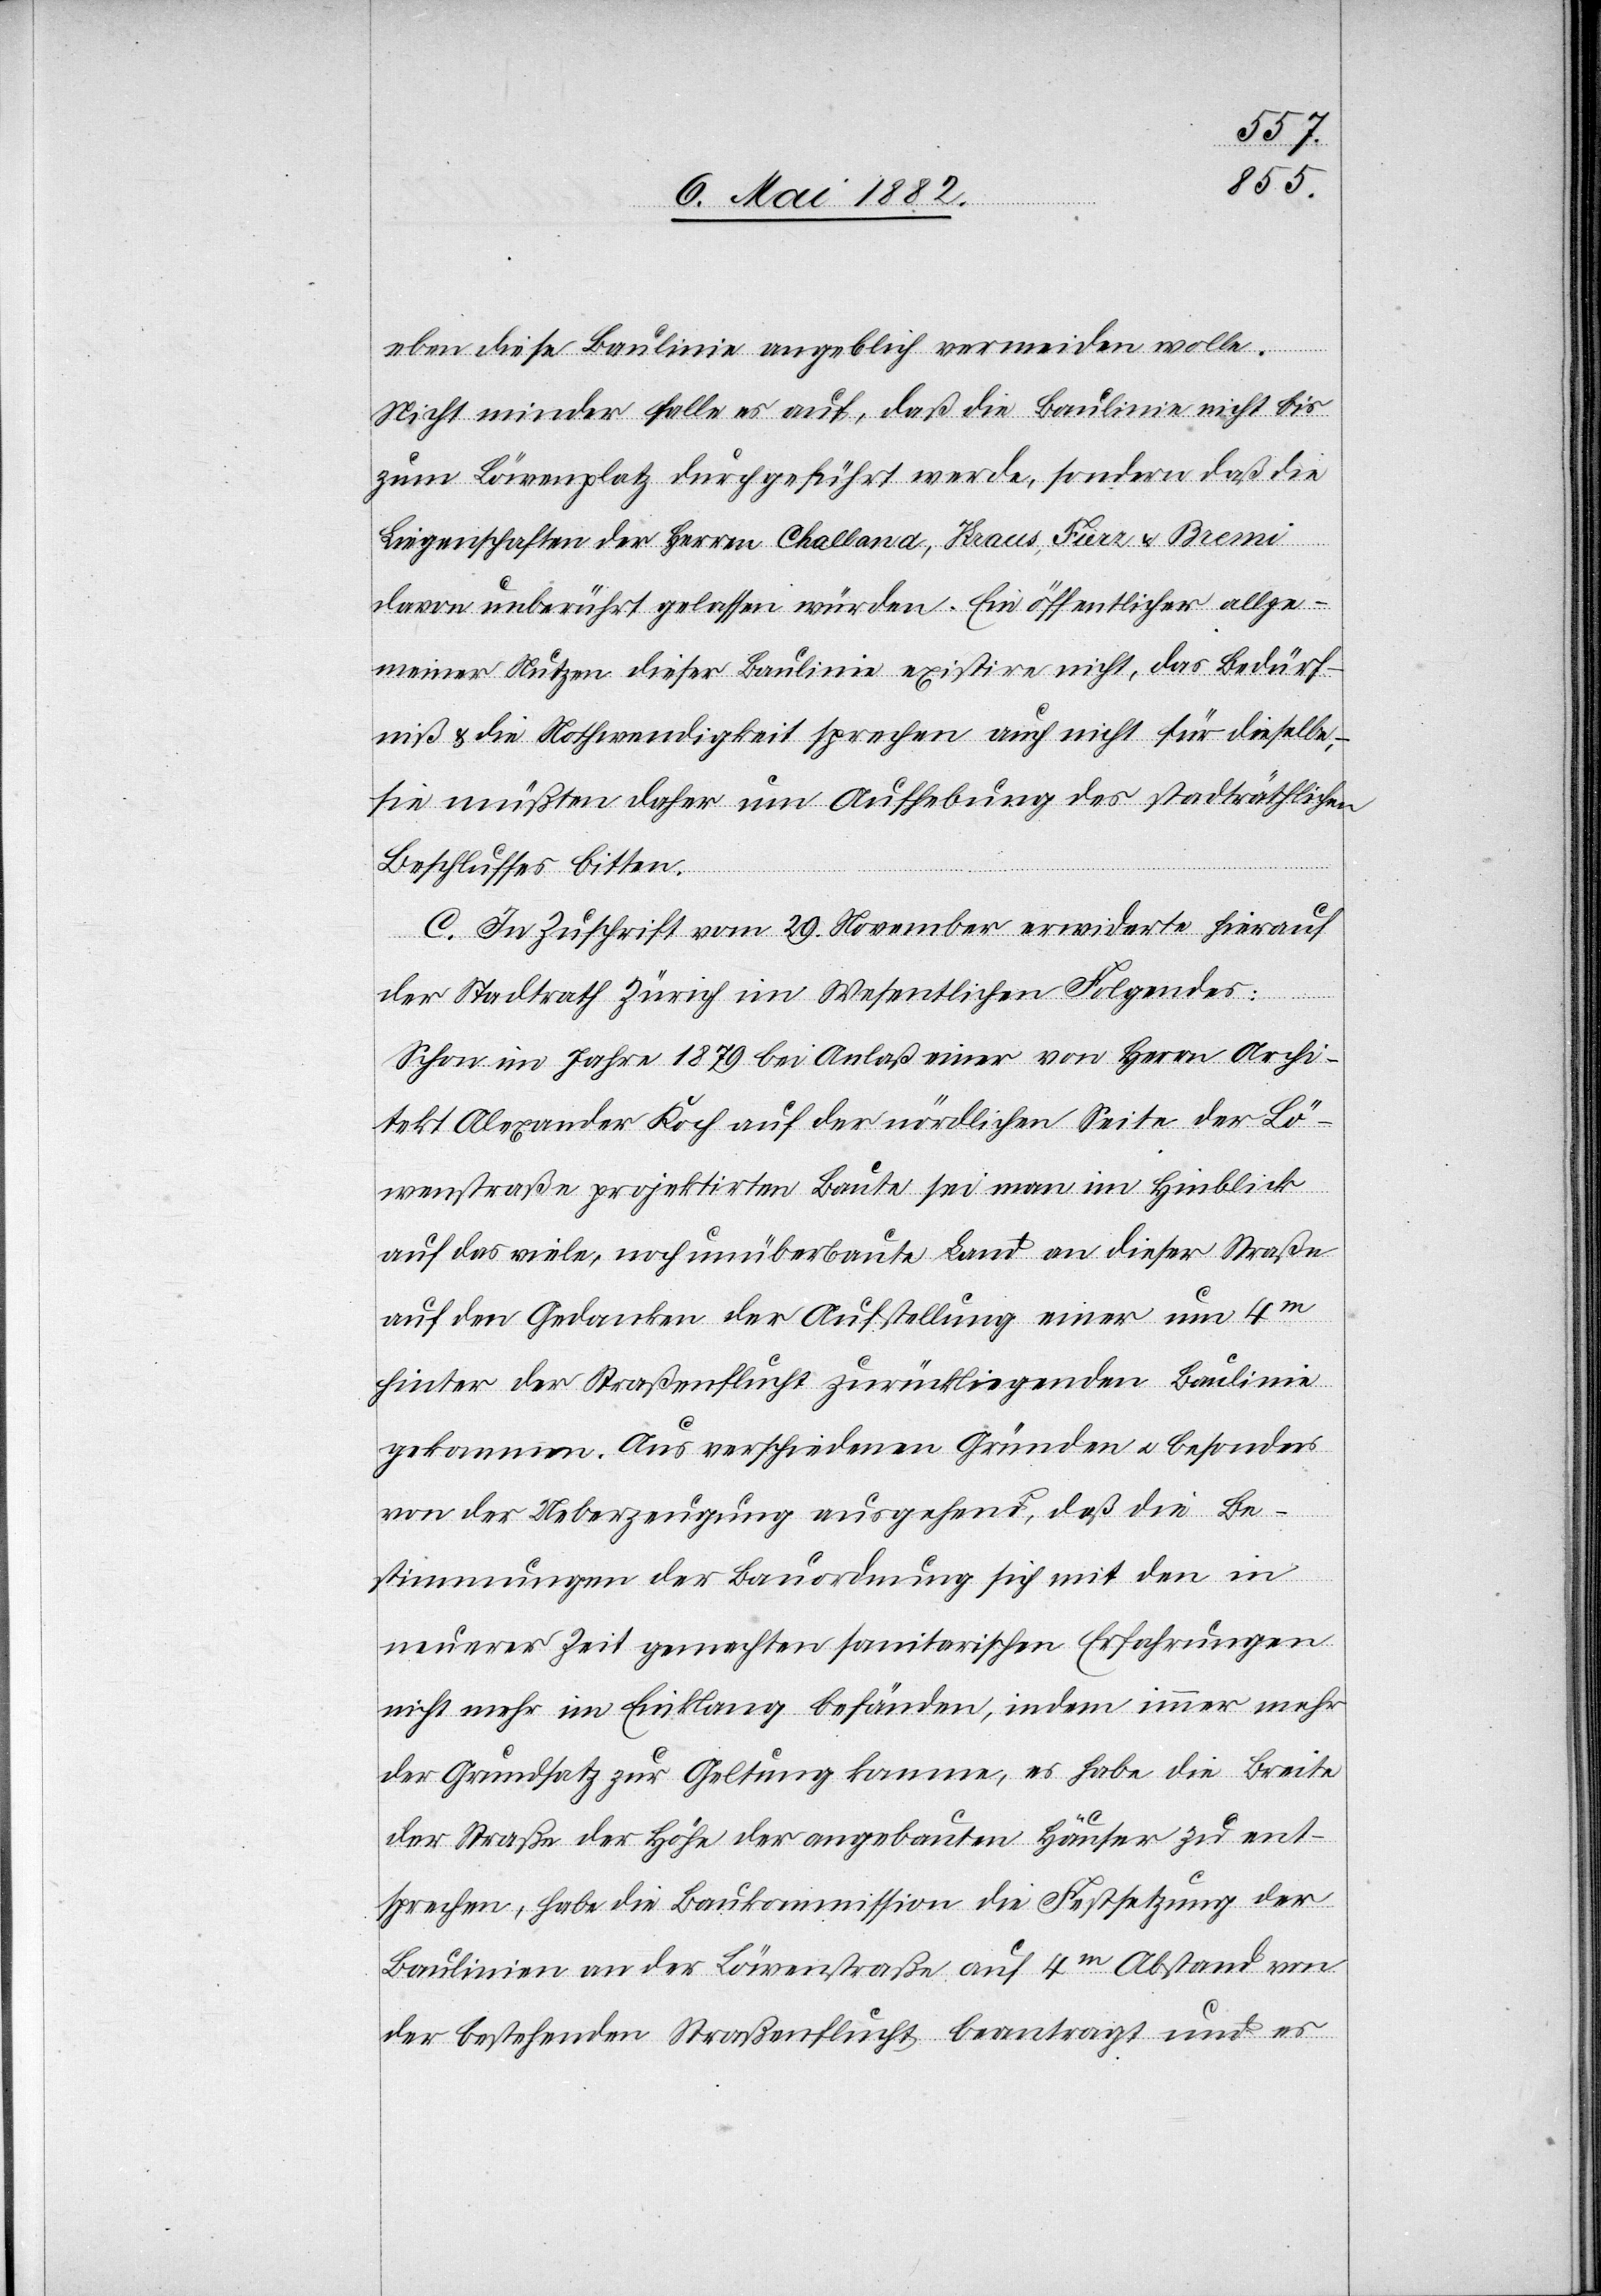
eben diese Baulinie angeblich vermeiden wolle.
Nicht minder falle es auf, daß die Baulinie nicht bis
zum Löwenplatz durchgeführt werde, sondern daß die
Liegenschaften der Herren Challand, Kraus, Furr & Bremi
davon unberührt gelassen würden. Ein öffentlicher allge¬
meiner Nutzer dieser Baulinie existire nicht, das Bedürf¬
niß & die Nothwendigkeit sprechen auch nicht für dieselbe,
sie müßten daher um Aufhebung des stadträthlichen
Beschlusses bitten.
C. In Zuschrift vom 29. November erwiderte hierauf
der Stadtrath Zürich im Wesentlichen Folgendes:
Schon im Jahre 1879 bei Anlaß einer von Herrn Archi¬
tekt Alexander Koch auf der nördlichen Seite der Lö¬
wenstraße projektirten Baute sei man im Hinblick
auf das viele, noch unüberbaute Land an dieser Straße
auf den Gedanken der Aufstellung einer um 4m
hinter der Straßenflucht zurückliegenden Baulinie
gekommen. Aus verschiedenen Gründen u. besonders
von der Ueberzeugung ausgehend, daß die Be¬
stimmungen der Bauordnung sich mit den in
neuerer Zeit gemachten sanitarischen Erfahrungen
nicht mehr im Einklang befänden, indem immer mehr
der Grundsatz zur Geltung komme, es habe die Breite
der Straße der Höhe der angebauten Häuser zu ent¬
sprechen, habe die Baukommission die Festsetzung der
Baulinien an der Löwenstraße auf 4m Abstand von
der bestehenden Straßenflucht beantragt und es